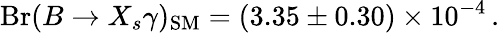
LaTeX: \mathrm{Br}(B\to X_{s}\gamma)_{\mathrm{SM}}=(3.35\pm 0.30)\times 10^{-4}\, .